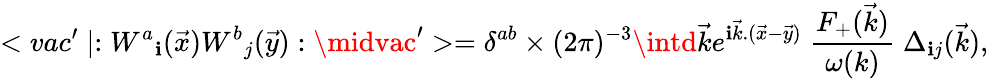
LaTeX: <vac^{\prime}\mid:{W^{a}}_{\mathbf{i}}(\vec{{x}}){W^{b}}_{j}(\vec{{y}}):\midvac^{\prime}>={\delta}^{ab}\times(2\pi)^{-3}\intd\vec{{k}}e^{\mathbf{i}\vec{{k}}.(\vec{{x}}-\vec{{y}})}\; {\frac{{F_{+}(\vec{{k}})}}{{\omega(k)}}}\; \Delta_{\mathbf{i}j}(\vec{{k}}),